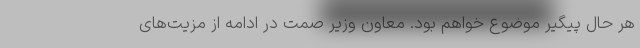
هر حال پیگیر موضوع خواهم بود. معاون وزیر صمت در ادامه از مزیت‌های